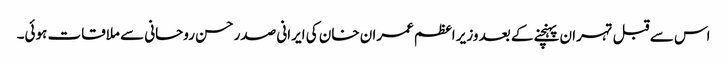
اس سے قبل تہران پہنچنے کے بعد وزیر اعظم عمران خان کی ایرانی صدر حسن روحانی سے ملاقات ہوئی۔